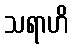
သရာဟိ